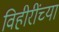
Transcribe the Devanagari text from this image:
विहीरींच्या